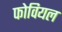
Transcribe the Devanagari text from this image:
फोवियल